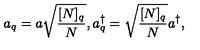
a _ { q } = a \sqrt { \frac { [ N ] _ { q } } { N } } , a _ { q } ^ { \dagger } = \sqrt { \frac { [ N ] _ { q } } { N } } a ^ { \dagger } ,